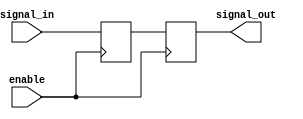
module TransmissionGateDelay (
    input wire enable,
    input wire signal_in,
    output reg signal_out
);

reg gate_out;

always @(posedge enable) begin
    gate_out <= signal_in; // Delay the input signal
    signal_out <= gate_out; // Output the delayed signal
end

endmodule